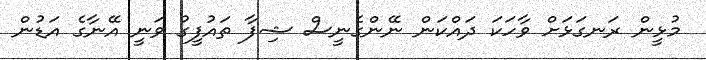
މުޅީން ރަނގަޅަށް ވާހަކަ ދައްކަން ނޭންގެނީސް ޝިފާ ތައުފީގު ވަނީ އޭނާގެ އަޑުން